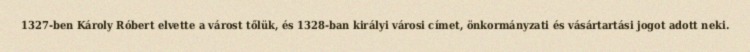
1327-ben Károly Róbert elvette a várost tőlük, és 1328-ban királyi városi címet, önkormányzati és vásártartási jogot adott neki.